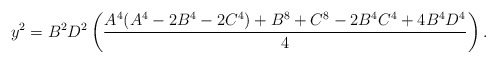
\begin{align*}y^2=B^2D^2\left(\frac{A^4(A^4-2B^4-2C^4)+B^8+C^8-2B^4C^4+4B^4D^4}{4}\right).\end{align*}